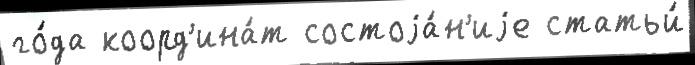
го́да коорд'ина́т состоjа́н'иjе статьи́